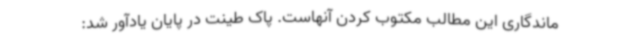
ماندگاری این مطالب مکتوب کردن آنهاست. پاک طینت در پایان یادآور شد: